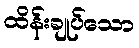
ထိန်းချုပ်သော